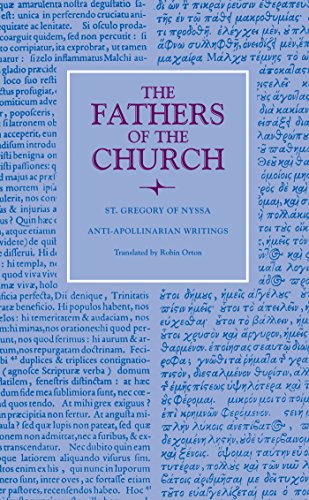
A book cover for Anti-Apollinarian Writings (Fathers of the Church Patristic Series); Religion & Spirituality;